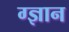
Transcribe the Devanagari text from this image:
ग्ज्ञान